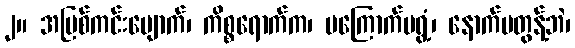
၂။ အပြစ်ကင်းပျောက်၊ ကိစ္စရောက်က၊ မကြောက်မရွံ့၊ နောက်မတွန့်ဘဲ၊